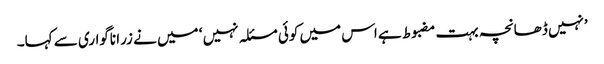
’نہیں ڈھانچہ بہت مضبوط ہے اس میں کوئی مسئلہ نہیں ‘ میں نے زرا ناگواری سے کہا۔